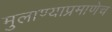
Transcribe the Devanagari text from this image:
मुलाण्याप्रमाणेच